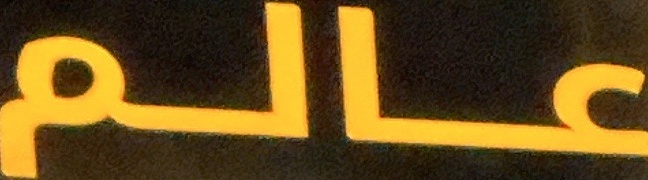
عالم